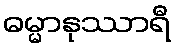
ဓမ္မာနုဿာရီ